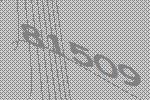
81509